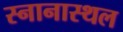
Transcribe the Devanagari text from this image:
स्नानास्थल